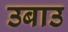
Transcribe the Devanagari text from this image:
उबाउ